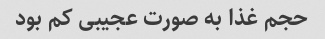
حجم غذا به صورت عجیبی کم بود